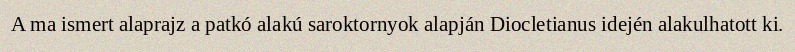
A ma ismert alaprajz a patkó alakú saroktornyok alapján Diocletianus idején alakulhatott ki.